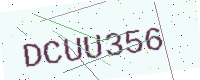
Text: DCUU356